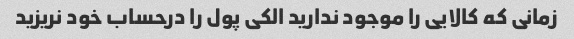
زمانی که کالایی را موجود ندارید الکی پول را درحساب خود نریزید